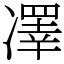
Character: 凙